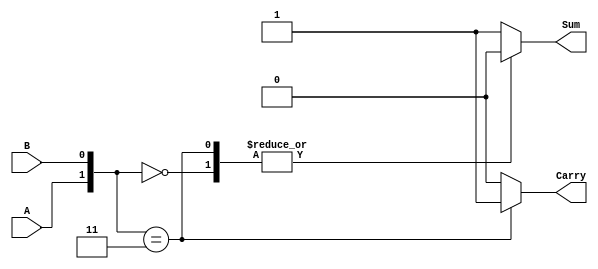
module HalfAdder (input A, input B , output reg Sum , output reg Carry);

	always @(*)
	begin
		case ({A,B})
			2'b00:
			begin
				Sum = 0;
				Carry = 0;
			end

			2'b11:
			begin
				Sum = 0;
				Carry = 1;
			end

			default:
			begin
				Sum = 1;
				Carry = 0;
			end
		endcase
	end

endmodule